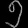
Digit: ၅